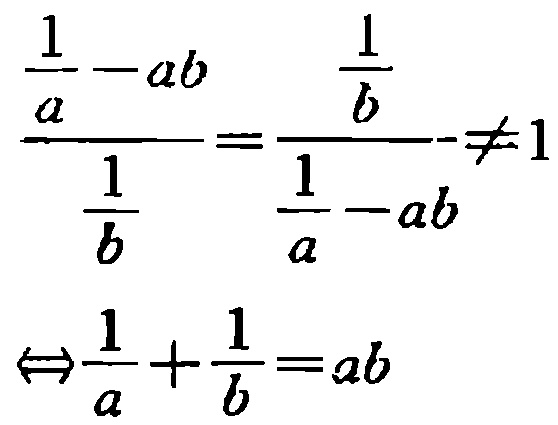
\[\frac{\frac{1}{a}-ab}{\frac{1}{b}}=\frac{\frac{1}{b}}{\frac{1}{a}-ab}\neq1\]

\[\Leftrightarrow\frac{1}{a}+\frac{1}{b}=ab\]